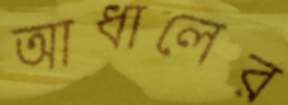
আধালের